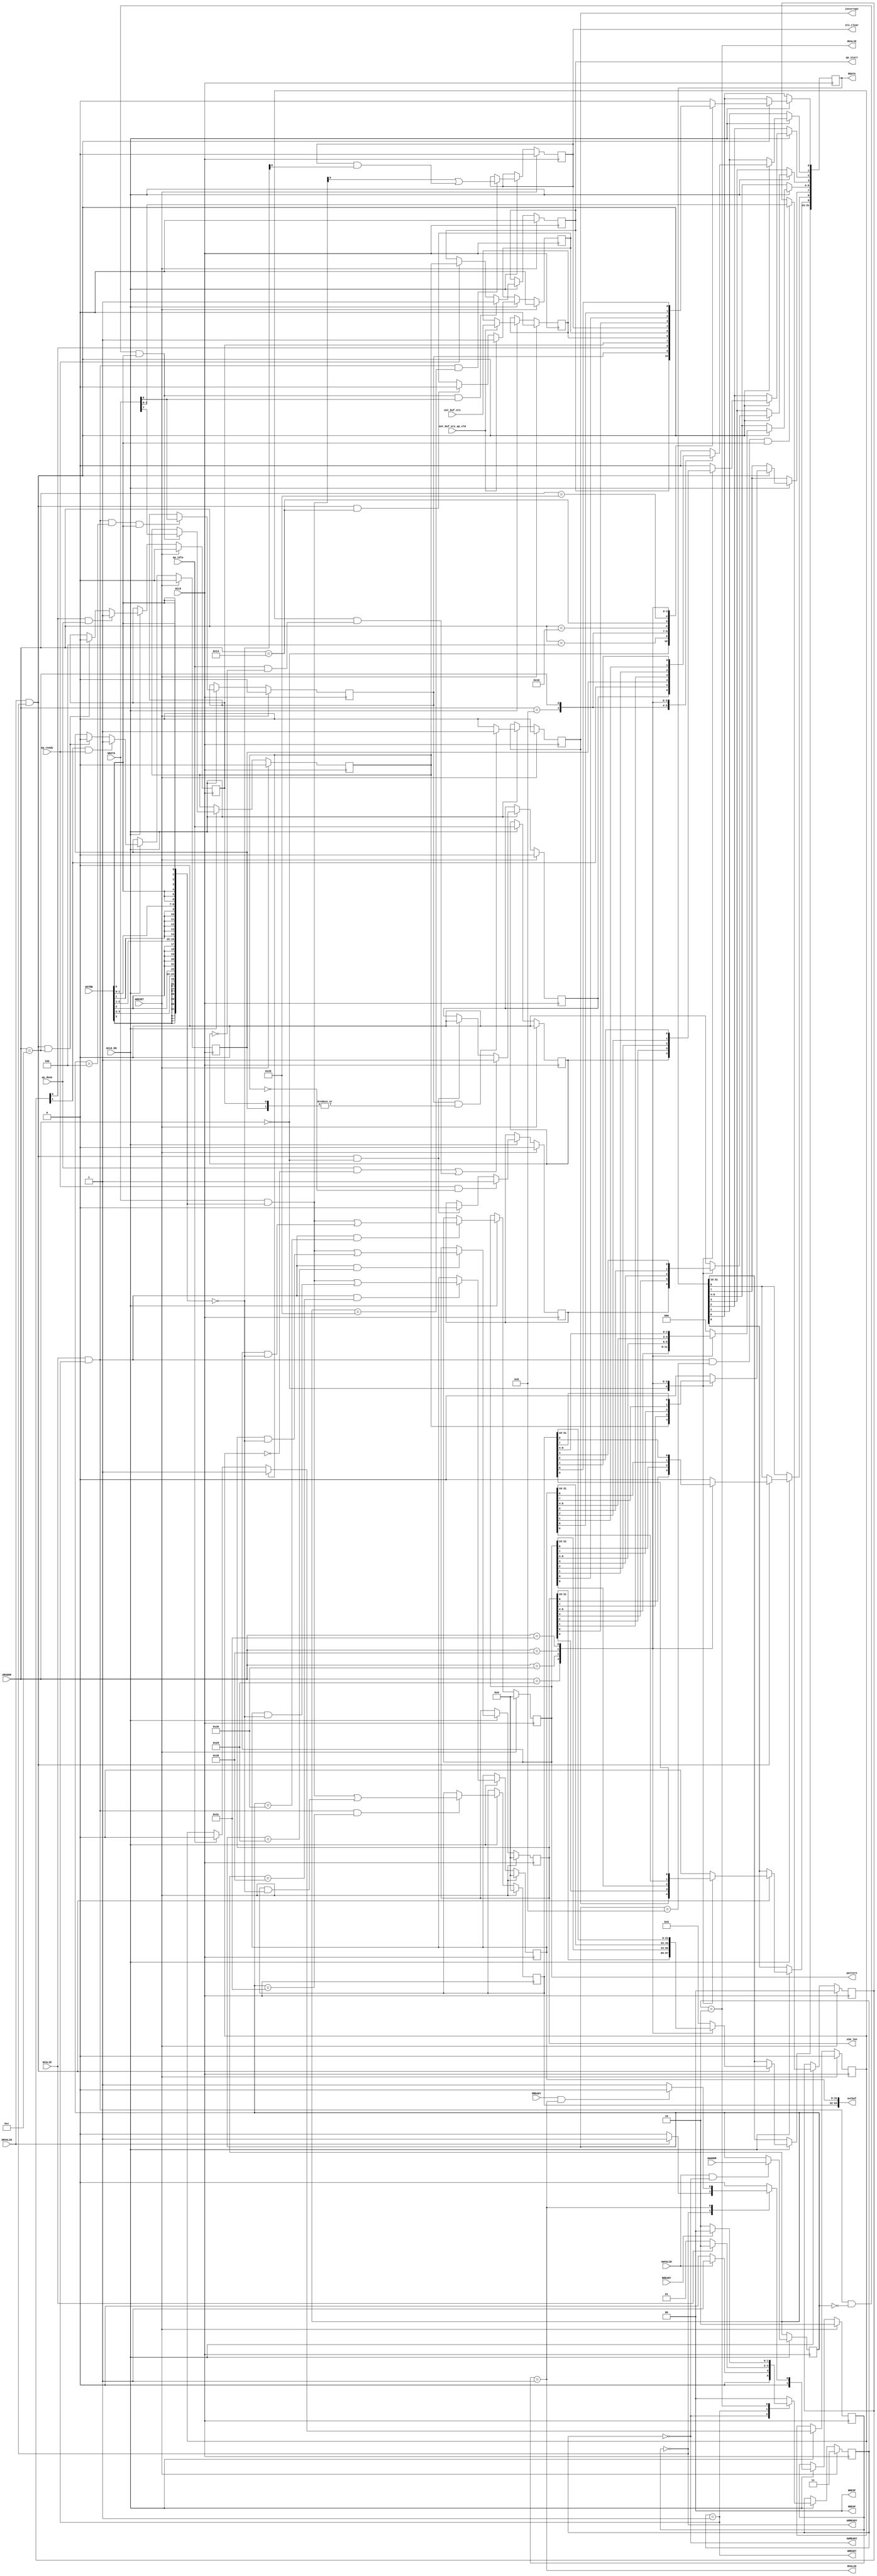
// ==============================================================
// Vitis HLS - High-Level Synthesis from C, C++ and OpenCL v2022.1 (64-bit)
// Tool Version Limit: 2022.04
// Copyright 1986-2022 Xilinx, Inc. All Rights Reserved.
// ==============================================================
`timescale 1ns/1ps
module ladmatr_control_s_axi
#(parameter
    C_S_AXI_ADDR_WIDTH = 7,
    C_S_AXI_DATA_WIDTH = 32
)(
    input  wire                          ACLK,
    input  wire                          ARESET,
    input  wire                          ACLK_EN,
    input  wire [C_S_AXI_ADDR_WIDTH-1:0] AWADDR,
    input  wire                          AWVALID,
    output wire                          AWREADY,
    input  wire [C_S_AXI_DATA_WIDTH-1:0] WDATA,
    input  wire [C_S_AXI_DATA_WIDTH/8-1:0] WSTRB,
    input  wire                          WVALID,
    output wire                          WREADY,
    output wire [1:0]                    BRESP,
    output wire                          BVALID,
    input  wire                          BREADY,
    input  wire [C_S_AXI_ADDR_WIDTH-1:0] ARADDR,
    input  wire                          ARVALID,
    output wire                          ARREADY,
    output wire [C_S_AXI_DATA_WIDTH-1:0] RDATA,
    output wire [1:0]                    RRESP,
    output wire                          RVALID,
    input  wire                          RREADY,
    output wire                          interrupt,
    input  wire [0:0]                    out_buf_sts,
    input  wire                          out_buf_sts_ap_vld,
    output wire [0:0]                    sts_clear,
    output wire [31:0]                   s2m_len,
    output wire [31:0]                   pattern,
    output wire [63:0]                   outbuf,
    output wire                          ap_start,
    input  wire                          ap_done,
    input  wire                          ap_ready,
    input  wire                          ap_idle
);
//------------------------Address Info-------------------
// 0x00 : Control signals
//        bit 0  - ap_start (Read/Write/COH)
//        bit 1  - ap_done (Read/COR)
//        bit 2  - ap_idle (Read)
//        bit 3  - ap_ready (Read/COR)
//        bit 7  - auto_restart (Read/Write)
//        bit 9  - interrupt (Read)
//        others - reserved
// 0x04 : Global Interrupt Enable Register
//        bit 0  - Global Interrupt Enable (Read/Write)
//        others - reserved
// 0x08 : IP Interrupt Enable Register (Read/Write)
//        bit 0 - enable ap_done interrupt (Read/Write)
//        bit 1 - enable ap_ready interrupt (Read/Write)
//        others - reserved
// 0x0c : IP Interrupt Status Register (Read/COR)
//        bit 0 - ap_done (Read/COR)
//        bit 1 - ap_ready (Read/COR)
//        others - reserved
// 0x10 : Data signal of out_buf_sts
//        bit 0  - out_buf_sts[0] (Read)
//        others - reserved
// 0x14 : Control signal of out_buf_sts
//        bit 0  - out_buf_sts_ap_vld (Read/COR)
//        others - reserved
// 0x20 : Data signal of sts_clear
//        bit 0  - sts_clear[0] (Read/Write)
//        others - reserved
// 0x24 : reserved
// 0x28 : Data signal of s2m_len
//        bit 31~0 - s2m_len[31:0] (Read/Write)
// 0x2c : reserved
// 0x30 : Data signal of pattern
//        bit 31~0 - pattern[31:0] (Read/Write)
// 0x34 : reserved
// 0x38 : Data signal of outbuf
//        bit 31~0 - outbuf[31:0] (Read/Write)
// 0x3c : Data signal of outbuf
//        bit 31~0 - outbuf[63:32] (Read/Write)
// 0x40 : reserved
// (SC = Self Clear, COR = Clear on Read, TOW = Toggle on Write, COH = Clear on Handshake)

//------------------------Parameter----------------------
localparam
    ADDR_AP_CTRL            = 7'h00,
    ADDR_GIE                = 7'h04,
    ADDR_IER                = 7'h08,
    ADDR_ISR                = 7'h0c,
    ADDR_OUT_BUF_STS_DATA_0 = 7'h10,
    ADDR_OUT_BUF_STS_CTRL   = 7'h14,
    ADDR_STS_CLEAR_DATA_0   = 7'h20,
    ADDR_STS_CLEAR_CTRL     = 7'h24,
    ADDR_S2M_LEN_DATA_0     = 7'h28,
    ADDR_S2M_LEN_CTRL       = 7'h2c,
    ADDR_PATTERN_DATA_0     = 7'h30,
    ADDR_PATTERN_CTRL       = 7'h34,
    ADDR_OUTBUF_DATA_0      = 7'h38,
    ADDR_OUTBUF_DATA_1      = 7'h3c,
    ADDR_OUTBUF_CTRL        = 7'h40,
    WRIDLE                  = 2'd0,
    WRDATA                  = 2'd1,
    WRRESP                  = 2'd2,
    WRRESET                 = 2'd3,
    RDIDLE                  = 2'd0,
    RDDATA                  = 2'd1,
    RDRESET                 = 2'd2,
    ADDR_BITS                = 7;

//------------------------Local signal-------------------
    reg  [1:0]                    wstate = WRRESET;
    reg  [1:0]                    wnext;
    reg  [ADDR_BITS-1:0]          waddr;
    wire [C_S_AXI_DATA_WIDTH-1:0] wmask;
    wire                          aw_hs;
    wire                          w_hs;
    reg  [1:0]                    rstate = RDRESET;
    reg  [1:0]                    rnext;
    reg  [C_S_AXI_DATA_WIDTH-1:0] rdata;
    wire                          ar_hs;
    wire [ADDR_BITS-1:0]          raddr;
    // internal registers
    reg                           int_ap_idle;
    reg                           int_ap_ready = 1'b0;
    wire                          task_ap_ready;
    reg                           int_ap_done = 1'b0;
    wire                          task_ap_done;
    reg                           int_task_ap_done = 1'b0;
    reg                           int_ap_start = 1'b0;
    reg                           int_interrupt = 1'b0;
    reg                           int_auto_restart = 1'b0;
    reg                           auto_restart_status = 1'b0;
    wire                          auto_restart_done;
    reg                           int_gie = 1'b0;
    reg  [1:0]                    int_ier = 2'b0;
    reg  [1:0]                    int_isr = 2'b0;
    reg                           int_out_buf_sts_ap_vld;
    reg  [0:0]                    int_out_buf_sts = 'b0;
    reg  [0:0]                    int_sts_clear = 'b0;
    reg  [31:0]                   int_s2m_len = 'b0;
    reg  [31:0]                   int_pattern = 'b0;
    reg  [63:0]                   int_outbuf = 'b0;

//------------------------Instantiation------------------


//------------------------AXI write fsm------------------
assign AWREADY = (wstate == WRIDLE);
assign WREADY  = (wstate == WRDATA);
assign BRESP   = 2'b00;  // OKAY
assign BVALID  = (wstate == WRRESP);
assign wmask   = { {8{WSTRB[3]}}, {8{WSTRB[2]}}, {8{WSTRB[1]}}, {8{WSTRB[0]}} };
assign aw_hs   = AWVALID & AWREADY;
assign w_hs    = WVALID & WREADY;

// wstate
always @(posedge ACLK) begin
    if (ARESET)
        wstate <= WRRESET;
    else if (ACLK_EN)
        wstate <= wnext;
end

// wnext
always @(*) begin
    case (wstate)
        WRIDLE:
            if (AWVALID)
                wnext = WRDATA;
            else
                wnext = WRIDLE;
        WRDATA:
            if (WVALID)
                wnext = WRRESP;
            else
                wnext = WRDATA;
        WRRESP:
            if (BREADY)
                wnext = WRIDLE;
            else
                wnext = WRRESP;
        default:
            wnext = WRIDLE;
    endcase
end

// waddr
always @(posedge ACLK) begin
    if (ACLK_EN) begin
        if (aw_hs)
            waddr <= AWADDR[ADDR_BITS-1:0];
    end
end

//------------------------AXI read fsm-------------------
assign ARREADY = (rstate == RDIDLE);
assign RDATA   = rdata;
assign RRESP   = 2'b00;  // OKAY
assign RVALID  = (rstate == RDDATA);
assign ar_hs   = ARVALID & ARREADY;
assign raddr   = ARADDR[ADDR_BITS-1:0];

// rstate
always @(posedge ACLK) begin
    if (ARESET)
        rstate <= RDRESET;
    else if (ACLK_EN)
        rstate <= rnext;
end

// rnext
always @(*) begin
    case (rstate)
        RDIDLE:
            if (ARVALID)
                rnext = RDDATA;
            else
                rnext = RDIDLE;
        RDDATA:
            if (RREADY & RVALID)
                rnext = RDIDLE;
            else
                rnext = RDDATA;
        default:
            rnext = RDIDLE;
    endcase
end

// rdata
always @(posedge ACLK) begin
    if (ACLK_EN) begin
        if (ar_hs) begin
            rdata <= 'b0;
            case (raddr)
                ADDR_AP_CTRL: begin
                    rdata[0] <= int_ap_start;
                    rdata[1] <= int_task_ap_done;
                    rdata[2] <= int_ap_idle;
                    rdata[3] <= int_ap_ready;
                    rdata[7] <= int_auto_restart;
                    rdata[9] <= int_interrupt;
                end
                ADDR_GIE: begin
                    rdata <= int_gie;
                end
                ADDR_IER: begin
                    rdata <= int_ier;
                end
                ADDR_ISR: begin
                    rdata <= int_isr;
                end
                ADDR_OUT_BUF_STS_DATA_0: begin
                    rdata <= int_out_buf_sts[0:0];
                end
                ADDR_OUT_BUF_STS_CTRL: begin
                    rdata[0] <= int_out_buf_sts_ap_vld;
                end
                ADDR_STS_CLEAR_DATA_0: begin
                    rdata <= int_sts_clear[0:0];
                end
                ADDR_S2M_LEN_DATA_0: begin
                    rdata <= int_s2m_len[31:0];
                end
                ADDR_PATTERN_DATA_0: begin
                    rdata <= int_pattern[31:0];
                end
                ADDR_OUTBUF_DATA_0: begin
                    rdata <= int_outbuf[31:0];
                end
                ADDR_OUTBUF_DATA_1: begin
                    rdata <= int_outbuf[63:32];
                end
            endcase
        end
    end
end


//------------------------Register logic-----------------
assign interrupt         = int_interrupt;
assign ap_start          = int_ap_start;
assign task_ap_done      = (ap_done && !auto_restart_status) || auto_restart_done;
assign task_ap_ready     = ap_ready && !int_auto_restart;
assign auto_restart_done = auto_restart_status && (ap_idle && !int_ap_idle);
assign sts_clear         = int_sts_clear;
assign s2m_len           = int_s2m_len;
assign pattern           = int_pattern;
assign outbuf            = int_outbuf;
// int_interrupt
always @(posedge ACLK) begin
    if (ARESET)
        int_interrupt <= 1'b0;
    else if (ACLK_EN) begin
        if (int_gie && (|int_isr))
            int_interrupt <= 1'b1;
        else
            int_interrupt <= 1'b0;
    end
end

// int_ap_start
always @(posedge ACLK) begin
    if (ARESET)
        int_ap_start <= 1'b0;
    else if (ACLK_EN) begin
        if (w_hs && waddr == ADDR_AP_CTRL && WSTRB[0] && WDATA[0])
            int_ap_start <= 1'b1;
        else if (ap_ready)
            int_ap_start <= int_auto_restart; // clear on handshake/auto restart
    end
end

// int_ap_done
always @(posedge ACLK) begin
    if (ARESET)
        int_ap_done <= 1'b0;
    else if (ACLK_EN) begin
            int_ap_done <= ap_done;
    end
end

// int_task_ap_done
always @(posedge ACLK) begin
    if (ARESET)
        int_task_ap_done <= 1'b0;
    else if (ACLK_EN) begin
        if (task_ap_done)
            int_task_ap_done <= 1'b1;
        else if (ar_hs && raddr == ADDR_AP_CTRL)
            int_task_ap_done <= 1'b0; // clear on read
    end
end

// int_ap_idle
always @(posedge ACLK) begin
    if (ARESET)
        int_ap_idle <= 1'b0;
    else if (ACLK_EN) begin
            int_ap_idle <= ap_idle;
    end
end

// int_ap_ready
always @(posedge ACLK) begin
    if (ARESET)
        int_ap_ready <= 1'b0;
    else if (ACLK_EN) begin
        if (task_ap_ready)
            int_ap_ready <= 1'b1;
        else if (ar_hs && raddr == ADDR_AP_CTRL)
            int_ap_ready <= 1'b0;
    end
end

// int_auto_restart
always @(posedge ACLK) begin
    if (ARESET)
        int_auto_restart <= 1'b0;
    else if (ACLK_EN) begin
        if (w_hs && waddr == ADDR_AP_CTRL && WSTRB[0])
            int_auto_restart <=  WDATA[7];
    end
end

// auto_restart_status
always @(posedge ACLK) begin
    if (ARESET)
        auto_restart_status <= 1'b0;
    else if (ACLK_EN) begin
        if (int_auto_restart)
            auto_restart_status <= 1'b1;
        else if (ap_idle)
            auto_restart_status <= 1'b0;
    end
end

// int_gie
always @(posedge ACLK) begin
    if (ARESET)
        int_gie <= 1'b0;
    else if (ACLK_EN) begin
        if (w_hs && waddr == ADDR_GIE && WSTRB[0])
            int_gie <= WDATA[0];
    end
end

// int_ier
always @(posedge ACLK) begin
    if (ARESET)
        int_ier <= 1'b0;
    else if (ACLK_EN) begin
        if (w_hs && waddr == ADDR_IER && WSTRB[0])
            int_ier <= WDATA[1:0];
    end
end

// int_isr[0]
always @(posedge ACLK) begin
    if (ARESET)
        int_isr[0] <= 1'b0;
    else if (ACLK_EN) begin
        if (int_ier[0] & ap_done)
            int_isr[0] <= 1'b1;
        else if (ar_hs && raddr == ADDR_ISR)
            int_isr[0] <= 1'b0; // clear on read
    end
end

// int_isr[1]
always @(posedge ACLK) begin
    if (ARESET)
        int_isr[1] <= 1'b0;
    else if (ACLK_EN) begin
        if (int_ier[1] & ap_ready)
            int_isr[1] <= 1'b1;
        else if (ar_hs && raddr == ADDR_ISR)
            int_isr[1] <= 1'b0; // clear on read
    end
end

// int_out_buf_sts
always @(posedge ACLK) begin
    if (ARESET)
        int_out_buf_sts <= 0;
    else if (ACLK_EN) begin
        if (out_buf_sts_ap_vld)
            int_out_buf_sts <= out_buf_sts;
    end
end

// int_out_buf_sts_ap_vld
always @(posedge ACLK) begin
    if (ARESET)
        int_out_buf_sts_ap_vld <= 1'b0;
    else if (ACLK_EN) begin
        if (out_buf_sts_ap_vld)
            int_out_buf_sts_ap_vld <= 1'b1;
        else if (ar_hs && raddr == ADDR_OUT_BUF_STS_CTRL)
            int_out_buf_sts_ap_vld <= 1'b0; // clear on read
    end
end

// int_sts_clear[0:0]
always @(posedge ACLK) begin
    if (ARESET)
        int_sts_clear[0:0] <= 0;
    else if (ACLK_EN) begin
        if (w_hs && waddr == ADDR_STS_CLEAR_DATA_0)
            int_sts_clear[0:0] <= (WDATA[31:0] & wmask) | (int_sts_clear[0:0] & ~wmask);
    end
end

// int_s2m_len[31:0]
always @(posedge ACLK) begin
    if (ARESET)
        int_s2m_len[31:0] <= 0;
    else if (ACLK_EN) begin
        if (w_hs && waddr == ADDR_S2M_LEN_DATA_0)
            int_s2m_len[31:0] <= (WDATA[31:0] & wmask) | (int_s2m_len[31:0] & ~wmask);
    end
end

// int_pattern[31:0]
always @(posedge ACLK) begin
    if (ARESET)
        int_pattern[31:0] <= 0;
    else if (ACLK_EN) begin
        if (w_hs && waddr == ADDR_PATTERN_DATA_0)
            int_pattern[31:0] <= (WDATA[31:0] & wmask) | (int_pattern[31:0] & ~wmask);
    end
end

// int_outbuf[31:0]
always @(posedge ACLK) begin
    if (ARESET)
        int_outbuf[31:0] <= 0;
    else if (ACLK_EN) begin
        if (w_hs && waddr == ADDR_OUTBUF_DATA_0)
            int_outbuf[31:0] <= (WDATA[31:0] & wmask) | (int_outbuf[31:0] & ~wmask);
    end
end

// int_outbuf[63:32]
always @(posedge ACLK) begin
    if (ARESET)
        int_outbuf[63:32] <= 0;
    else if (ACLK_EN) begin
        if (w_hs && waddr == ADDR_OUTBUF_DATA_1)
            int_outbuf[63:32] <= (WDATA[31:0] & wmask) | (int_outbuf[63:32] & ~wmask);
    end
end

//synthesis translate_off
always @(posedge ACLK) begin
    if (ACLK_EN) begin
        if (int_gie & ~int_isr[0] & int_ier[0] & ap_done)
            $display ("// Interrupt Monitor : interrupt for ap_done detected @ \"%0t\"", $time);
        if (int_gie & ~int_isr[1] & int_ier[1] & ap_ready)
            $display ("// Interrupt Monitor : interrupt for ap_ready detected @ \"%0t\"", $time);
    end
end
//synthesis translate_on

//------------------------Memory logic-------------------

endmodule